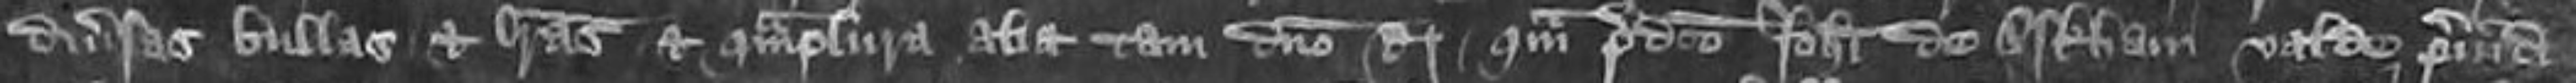
diversas bullas et litteras et quamplura alia tam domino Rege quam predicto Johanni de Arkham valde preiudic